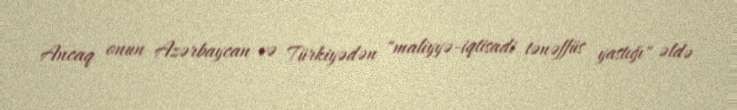
Ancaq onun Azərbaycan və Türkiyədən "maliyyə-iqtisadi tənəffüs yastığı" əldə